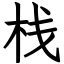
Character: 栈